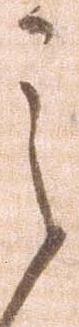
之